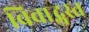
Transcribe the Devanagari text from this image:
विवाद्ग्रस्त